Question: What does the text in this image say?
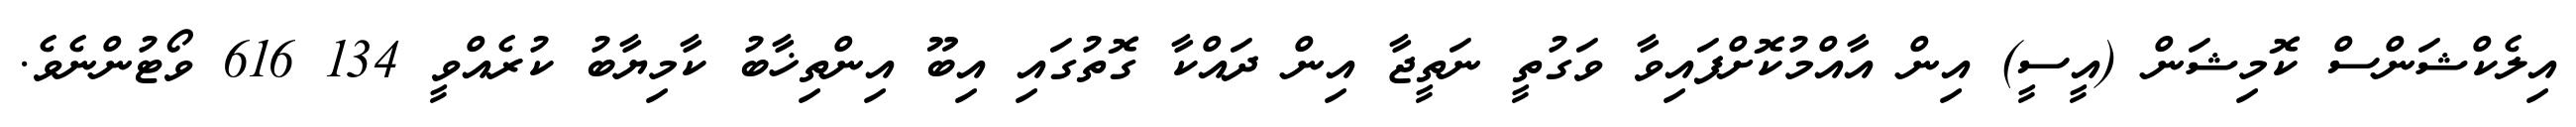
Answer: އިލެކްޝަންސް ކޮމިޝަން (އީސީ) އިން އާއްމުކޮށްފައިވާ ވަގުތީ ނަތީޖާ އިން ދައްކާ ގޮތުގައި އިބޫ އިންތިޚާބު ކާމިޔާބު ކުރެއްވީ 134 616 ވޯޓުންނެވެ.